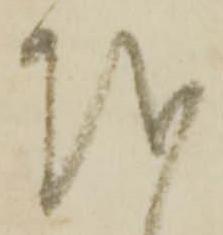
越